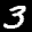
Label: 3